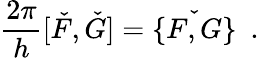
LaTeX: \frac{2\pi}{h}[\check{F},\check{G}]=\check{\{ F,G\} }~~.